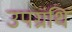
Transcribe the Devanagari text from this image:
उपग्रंथि